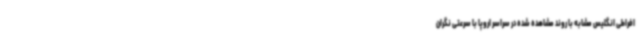
افراطی انگلیس مشابه با روند مشاهده شده در سراسر اروپا با سرعتی نگران